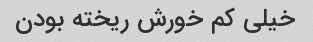
خیلی کم خورش ریخته بودن